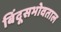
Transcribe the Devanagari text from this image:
बिंदूसभोवताल